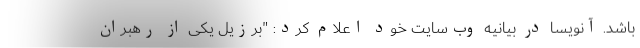
باشد. آنویسا در بیانیه وب‌سایت خود اعلام کرد: "برزیل یکی از رهبران